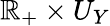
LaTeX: \mathbb{R}_{+}\times U_{Y}